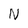
Character: N